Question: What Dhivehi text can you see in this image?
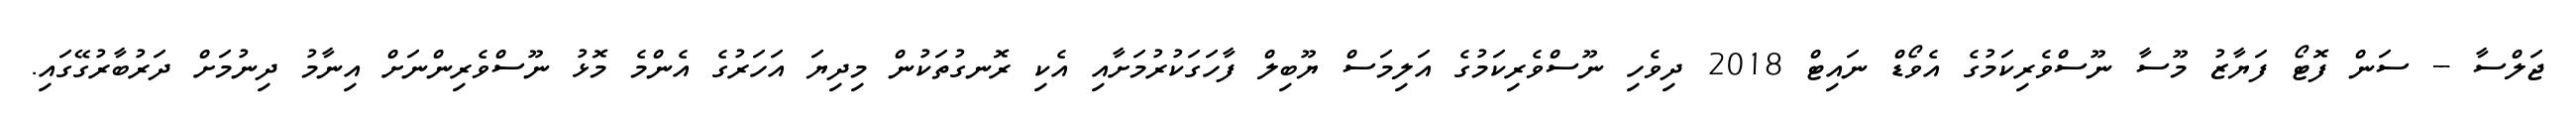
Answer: ޖަލްސާ -- ސަން ފޮޓޯ ފަޔާޒު މޫސާ ނޫސްވެރިކަމުގެ އެވޯޑް ނައިޓް 2018 ދިވެހި ނޫސްވެރިކަމުގެ އަލިމަސް ޔޫބިލް ފާހަގަކުރުމަށާއި އެކި ރޮނގުތަކުން މިދިޔަ އަހަރުގެ އެންމެ މޮޅު ނޫސްވެރިންނަށް އިނާމު ދިނުމަށް ދަރުބާރުގޭގައި.